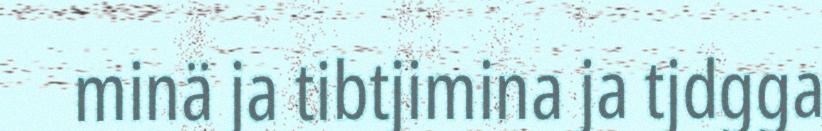
minä ja tibtjimina ja tjdgga